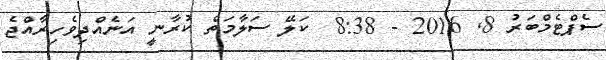
ސެޕްޓެމްބަރު 8